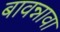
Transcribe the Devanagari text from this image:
बावन्नावा